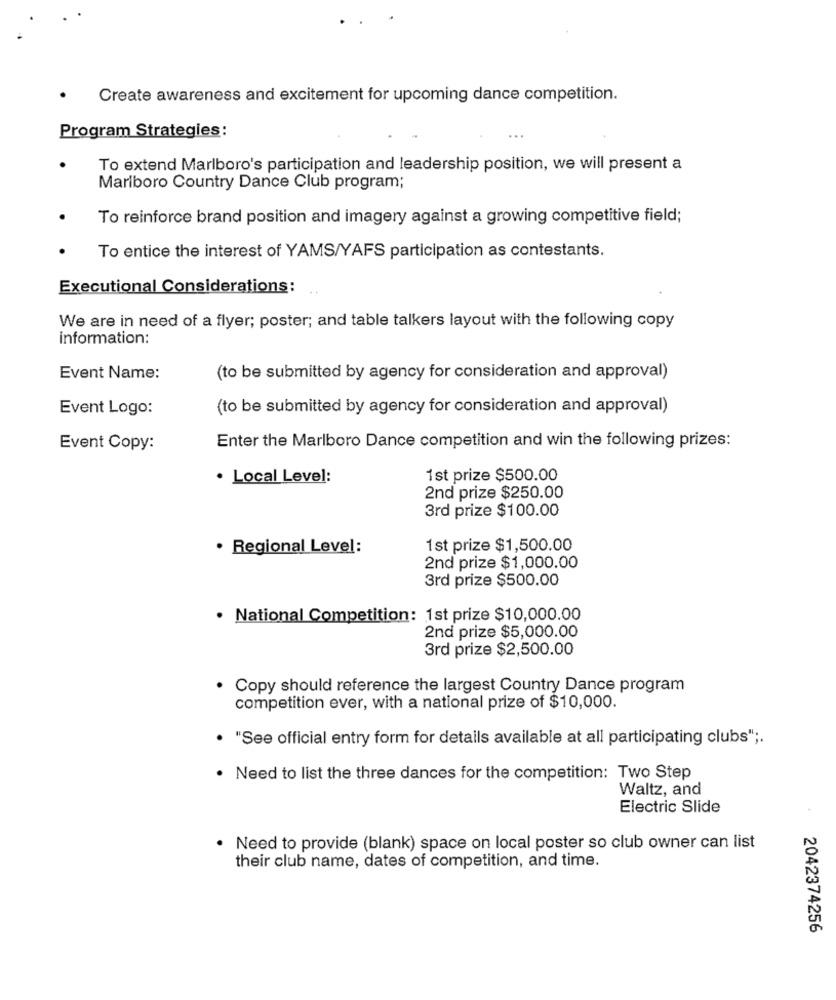
Create awareness and excitement for upcoming dance competition.
Program Strategies:
...
To extend Marlboro's participation and leadership position, we will present a
Marlboro Country Dance Club program;
To reinforce brand position and imagery against a growing competitive field;
To entice the interest of YAMS/YAFS participation as contestants.
Executional Considerations :
We are in need of a flyer; poster; and table talkers layout with the following copy
information:
Event Name:
(to be submitted by agency for consideration and approval)
Event Logo:
(to be submitted by agency for consideration and approval)
Enter the Marlboro Dance competition and win the following prizes:
Event Copy:
· Local Level:
1st prize $500.00
2nd prize $250.00
3rd prize $100.00
· Regional Level:
1 st prize $1,500.00
2nd prize $1,000.00
3rd prize $500.00
· National Competition: 1st prize $10,000.00
2nd prize $5,000.00
3rd prize $2,500.00
Copy should reference the largest Country Dance program
competition ever, with a national prize of $10,000.
"See official entry form for details available at all participating clubs" ;.
Need to list the three dances for the competition: Two Step
Waltz, and
Electric Slide
Need to provide (blank) space on local poster so club owner can list
their club name, dates of competition, and time.
2042374256